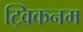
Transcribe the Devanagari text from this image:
ट्विकनम